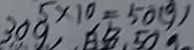
5 \times 1 0 = 5 0 ( g )